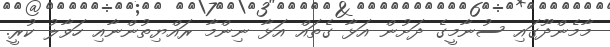
މާމެންދޫގައި ސުނާމީގެ ދަށުން އަޅާ ގެތައް އަޅާ ނިންމާ ރައްޔިތުންނާއި ހަވާލު ކުރީ.